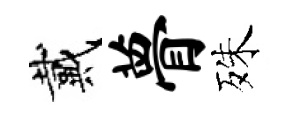
戴瞢殊